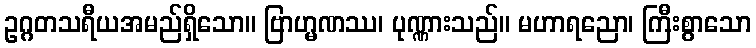
ဥဂ္ဂတသရီယအမည်ရှိသော။ ဗြာဟ္မဏဿ၊ ပုဏ္ဏားသည်။ မဟာရညော၊ ကြီးစွာသော